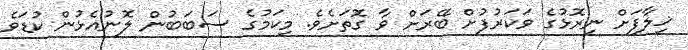
ޚިލާފަށް ނިރޮޅުގެ ވަކަރުފުށް ބޭރަށް ވާ ގޮތަށެވެ. މިކަމުގެ ސަބަބުން ލޮނުއެޅުން ކުޑަވެ